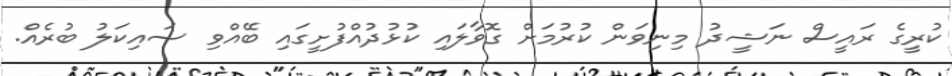
ކުރީގެ ރައީސް ނަޝީދު މިނިވަން ކުރުމަށް ގޮވާލައި ކުޅުދުއްފުށީގައި ބޭއްވި ސައިކަލު ބުރެއް.